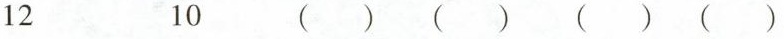
12 10 () () ()()